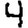
Digit: 4